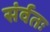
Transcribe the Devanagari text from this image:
संर्वतः